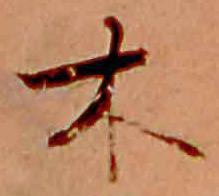
木